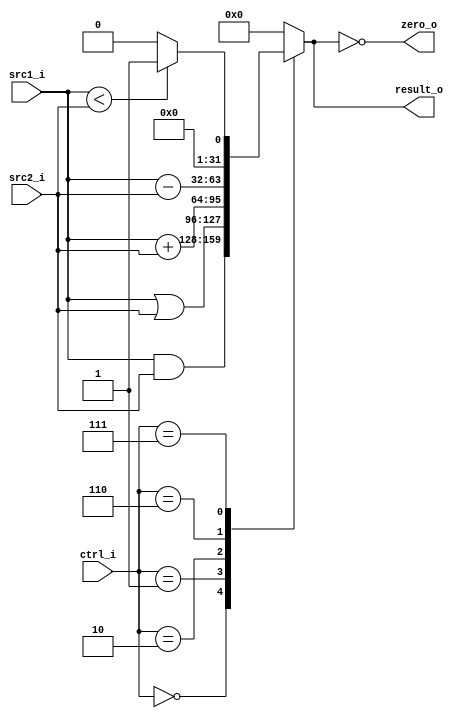
module ALU(
           input  [32-1:0] src1_i,
    	   input  [32-1:0] src2_i,
	       input  [4-1:0] ctrl_i,
	       output reg [32-1:0] result_o,
	       output zero_o
	       );


assign zero_o = (result_o == 0);

always@(*)begin
	case(ctrl_i)
	4'b0000 : result_o = src1_i & src2_i;
	4'b0001 : result_o = src1_i | src2_i;
	4'b0010 : result_o = src1_i + src2_i;
	4'b0110 : result_o = src1_i - src2_i;
	4'b0111 : result_o = (src1_i < src2_i) ? 1 : 0;
	default : result_o = 0;
	endcase
end

endmodule